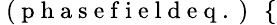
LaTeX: \small\mathrm{~(~p~h~a~s~e~f~i~e~l~d~e~q~.~)~}\ \left\{ \begin{array}{rl}\end{array}\right.